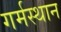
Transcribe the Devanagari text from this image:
गर्मस्थान